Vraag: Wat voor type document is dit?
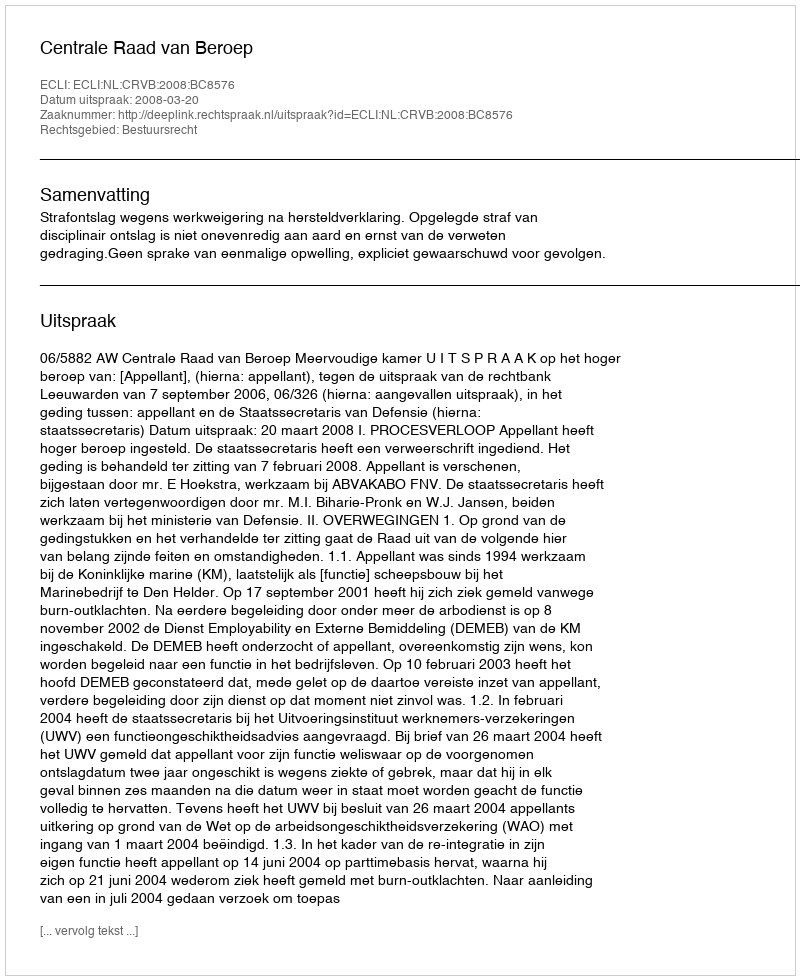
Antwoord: Uitspraak